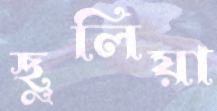
ছুলিয়া